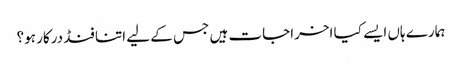
ہمارے ہاں ایسے کیا اخراجات ہیں جس کے لیے اتنا فنڈ درکار ہو؟